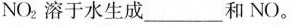
NO：溶于水生成___和NO。